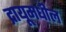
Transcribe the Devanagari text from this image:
द्रायूमधील